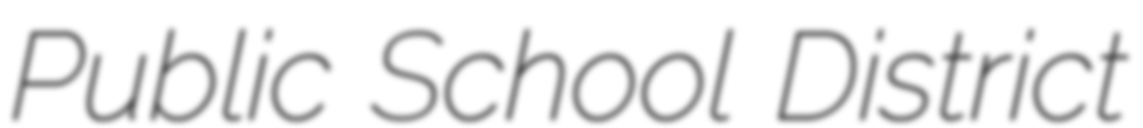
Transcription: Public School District